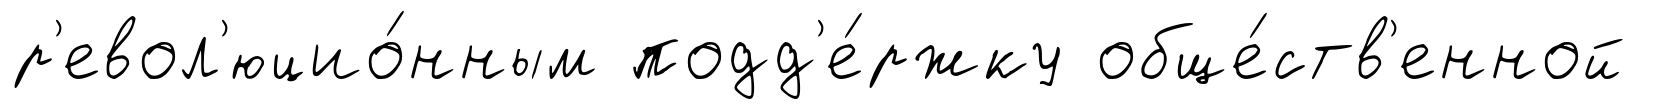
р'евол'юцио́нным подд'е́ржку обще́ств'енной